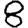
Digit: 8